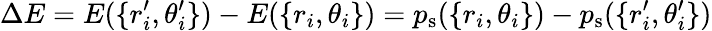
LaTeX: \Delta E=E(\{ r_{i}^{\prime},\theta_{i}^{\prime}\} )-E(\{ r_{i},\theta_{i}\} )=p_{\mathrm{s}}(\{ r_{i},\theta_{i}\} )-p_{\mathrm{s}}(\{ r_{i}^{\prime},\theta_{i}^{\prime}\} )